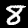
Digit: 8